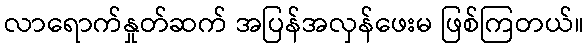
လာရောက်နှုတ်ဆက် အပြန်အလှန်ဖေးမ ဖြစ်ကြတယ်။